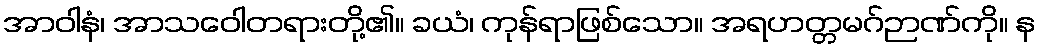
အာဝါနံ၊ အာသဝေါတရားတို့၏။ ခယံ၊ ကုန်ရာဖြစ်သော။ အရဟတ္တမဂ်ဉာဏ်ကို။ န